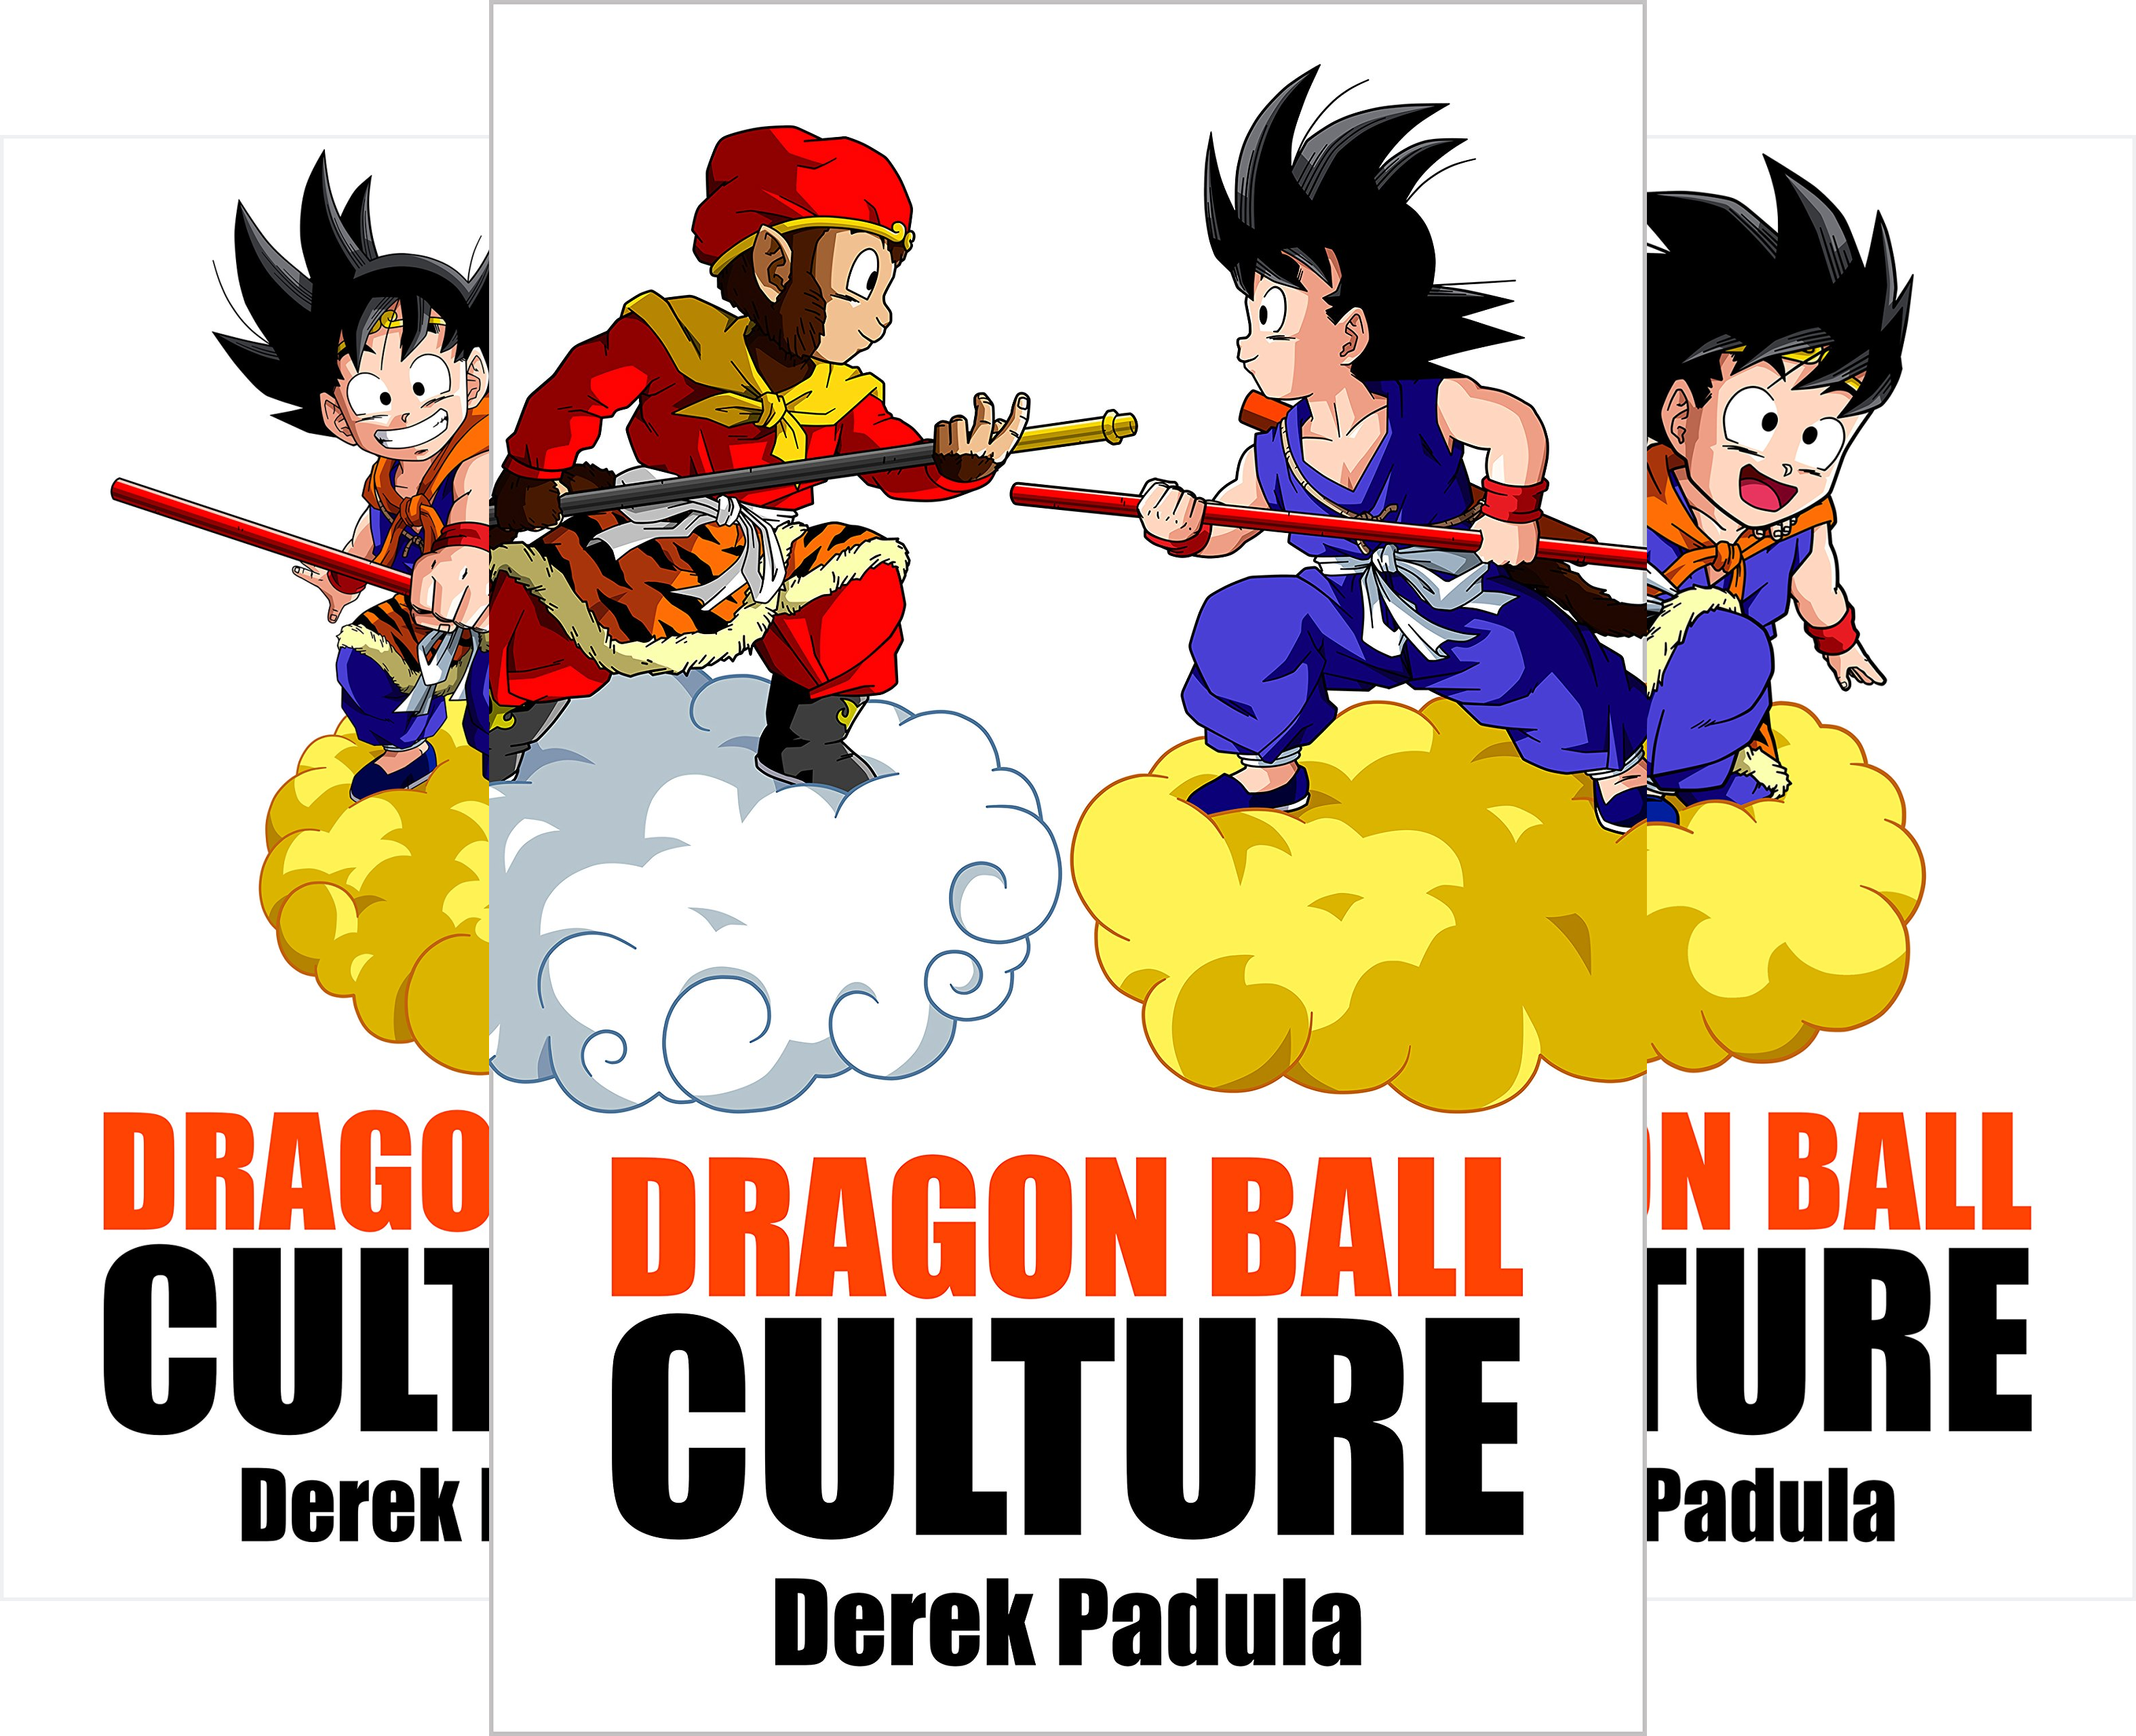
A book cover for Dragon Ball Culture (4 Book Series); Derek Padula; Comics & Graphic Novels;